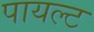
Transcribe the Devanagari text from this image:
पायल्ट